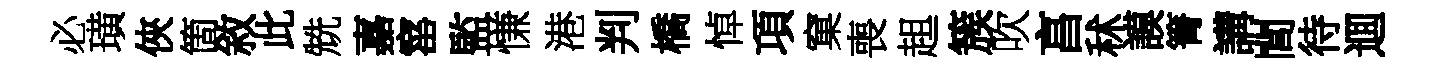
必璜俠箇敘此兟嘉窰監慊港判橋悼項窠喪趄簇吹亯秫謨箐講閭待逥